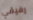
رفيقي